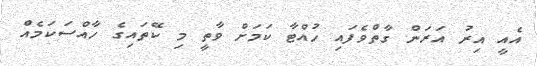
އެއީ އިރު އަރަން ގާތްވެފައި ހުއްޓާ ކަމަށް ވާތީ މި ކޭތައިގެ ހާއްސަކަމެއް